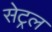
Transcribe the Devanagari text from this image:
सेट्रल